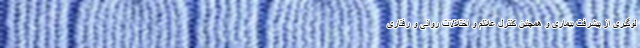
لوگیری از پیشرفت بیماری و همچنین کنترل علائم و اختلالات روانی و رفتاری